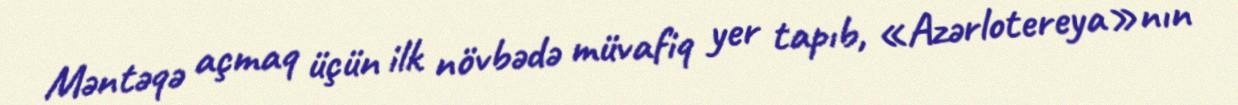
Məntəqə açmaq üçün ilk növbədə müvafiq yer tapıb, «Azərlotereya»nın